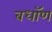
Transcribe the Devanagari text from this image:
बधॉण